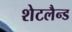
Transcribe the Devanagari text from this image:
शेटलैन्ड